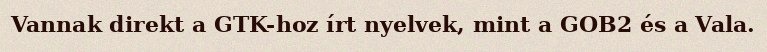
Vannak direkt a GTK-hoz írt nyelvek, mint a GOB2 és a Vala.